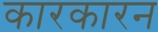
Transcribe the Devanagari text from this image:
कारकारन